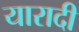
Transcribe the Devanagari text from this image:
यारादी